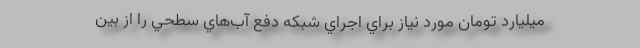
ميليارد تومان مورد نياز براي اجراي شبكه دفع آب‌هاي سطحي را از بين